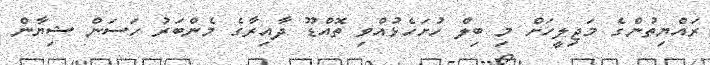
ރައްޔިތުންގެ މަޖިލީހަށް މި ބިލް ހުށަހެޅުއްވި ތޮއްޑޫ ދާއިރާގެ މެންބަރު ހަސަން ޝިޔާން